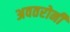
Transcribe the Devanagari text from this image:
अवतरोनी